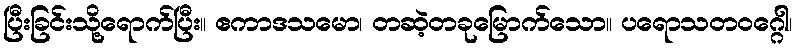
ပြီးခြင်းသို့ရောက်ပြီး။ ဧကာဒသမော၊ တဆဲ့တခုမြောက်သော။ ပရောသတဝဂ္ဂေါ၊